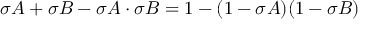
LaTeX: \sigma A + \sigma B - \sigma A \cdot \sigma B = 1 - ( 1 - \sigma A ) ( 1 - \sigma B )